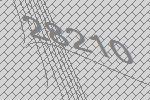
28210